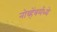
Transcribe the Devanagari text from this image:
नोव्हेंबर्मध्ये